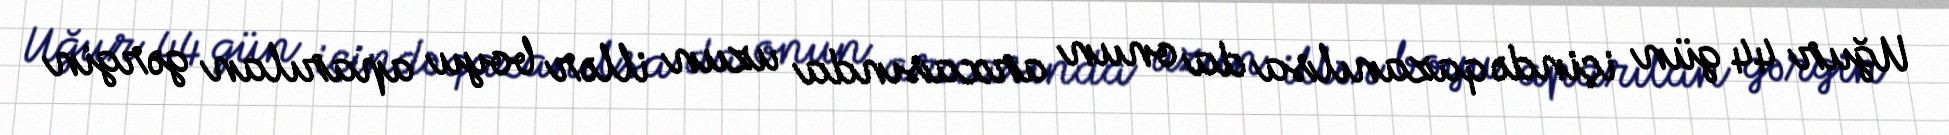
Uğur 44 gün içində qazanılsa da onun arxasında uzun illər boyu aparılan gərgin